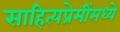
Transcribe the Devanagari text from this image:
साहित्यप्रेमींमध्ये